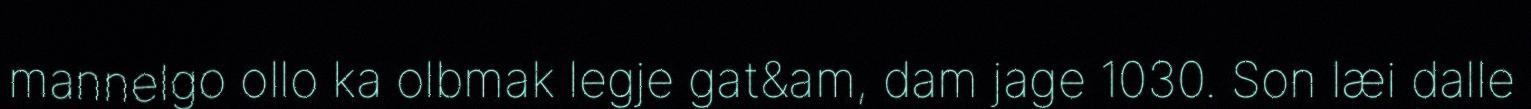
mannelgo ollo ka olbmak legje gat&am, dam jage 1030. Son læi dalle